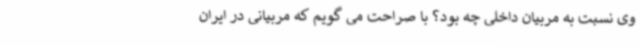
وی نسبت به مربیان داخلی چه بود؟ با صراحت می گویم که مربیانی در ایران